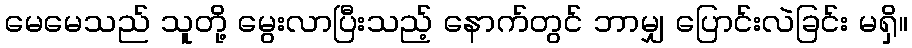
မေမေသည် သူတို့ မွေးလာပြီးသည့် နောက်တွင် ဘာမျှ ပြောင်းလဲခြင်း မရှိ။